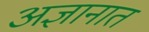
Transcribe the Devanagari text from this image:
अज्ञानात